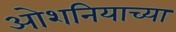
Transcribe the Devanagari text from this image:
ओशनियाच्या